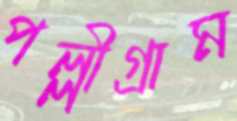
পল্লীগ্রাম